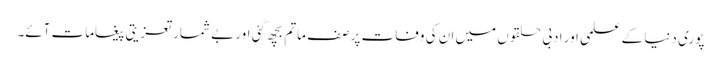
پوری دنیا کے علمی اور ادبی حلقوں میں ان کی وفات پر صف ماتم بچھ گئی اور بے شمار تعزیتی پیغامات آئے۔